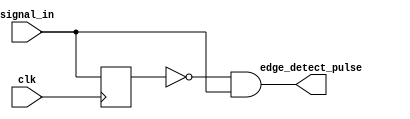
module edge_detector #(
    parameter width = 1
)(
    input clk,
    input [width-1:0] signal_in,
    output [width-1:0] edge_detect_pulse
);

    // This module takes a vector of 1-bit signals as input and outputs a vector of 1-bit signals. For each input signal
    // this module will look for a low to high (0->1) logic transition, and should then output a 1 clock cycle wide pulse
    // for that signal.
    // Remove this line once you have implemented this module.
    
    
    reg [width-1:0] edges = 0;
    
    always @(posedge clk) begin
        edges <= signal_in;     
    end
    
    genvar i;
    generate
    for (i=0; i < width; i = i + 1) begin
        assign edge_detect_pulse[i] = ~edges[i] & signal_in[i];
    end
    endgenerate
    
    
endmodule